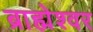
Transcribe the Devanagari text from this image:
ब्राह्मेश्‍वर